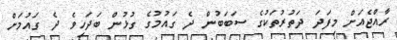
ރާއްޖެއަށް މިފަދަ ދަތުރުތަކުގެ ސަބަބުން ދެ ގައުމުގެ ގުޅުން ބަދަހިވެ ދެ ގައުމަށް